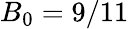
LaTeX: B_{0}=9/11